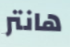
هانتر